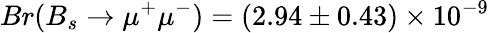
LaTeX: Br(B_{s}\to\mu^{+}\mu^{-})=(2.94\pm 0.43)\times 10^{-9}